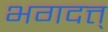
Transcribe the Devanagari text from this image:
भगदत्त्